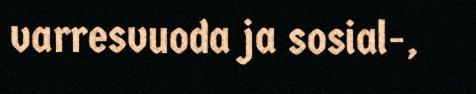
varresvuoda ja sosial-,